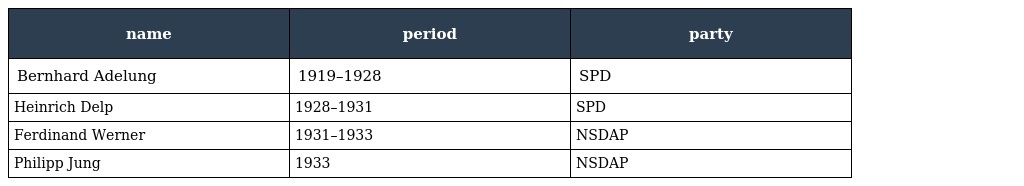
| name | period | party |
 | --- | --- | --- |
 | Bernhard Adelung | 1919–1928 | SPD |
 | Heinrich Delp | 1928–1931 | SPD |
 | Ferdinand Werner | 1931–1933 | NSDAP |
 | Philipp Jung | 1933 | NSDAP |